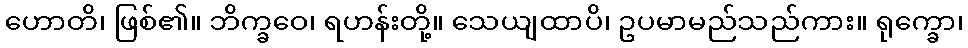
ဟောတိ၊ ဖြစ်၏။ ဘိက္ခဝေ၊ ရဟန်းတို့။ သေယျထာပိ၊ ဥပမာမည်သည်ကား။ ရုက္ခော၊